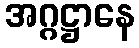
အဂ္ဂဋ္ဌာနေ